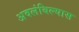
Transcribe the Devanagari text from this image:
अवलंबिल्यास